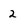
Character: 2